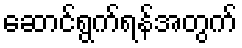
ဆောင်ရွက်ရန်အတွက်